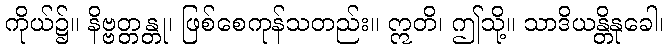
ကိုယ်၌။ နိဗ္ဗတ္တန္တု၊ ဖြစ်စေကုန်သတည်း။ ဣတိ၊ ဤသို့။ သာဒိယန္တိနုခေါ၊